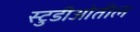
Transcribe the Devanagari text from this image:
स्टुडीओतील